Civil Veterinary Dept. Bombay admin report 1932-41 - 1932-1941
Year: 1932
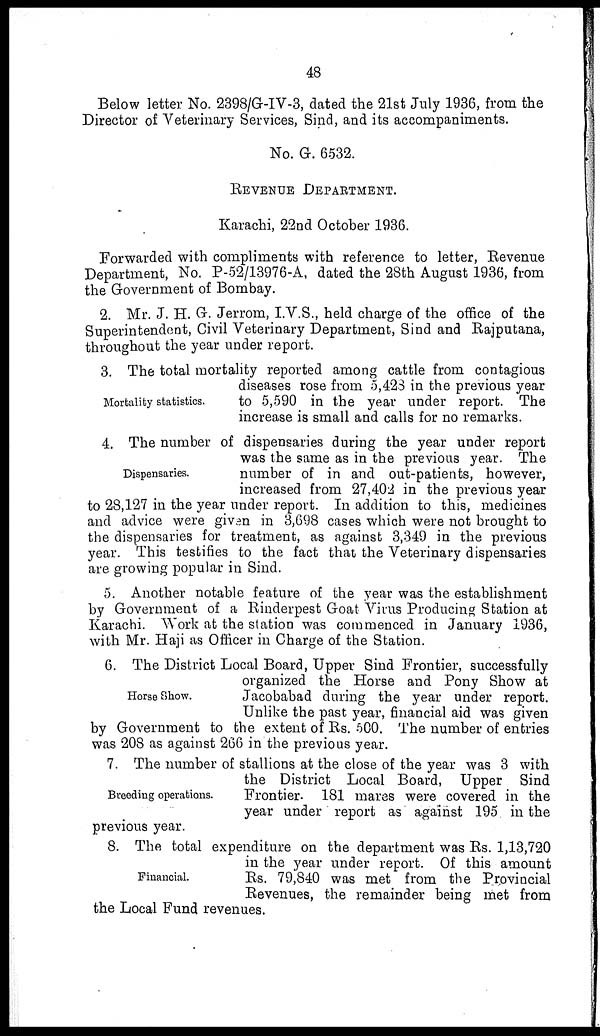
48
Below letter No. 2398/G-IV-3, dated the 21st July 1936, from the
Director of Veterinary Services, Sind, and its accompaniments.
No. G. 6532.
REVENUE DEPARTMENT.
Karachi, 22nd October 1936.
Forwarded with compliments with reference to letter, Revenue
Department, No. P-52/13976-A, dated the 28th August 1936, from
the Government of Bombay.
2. Mr. J. H. G. Jerrom, I.V.S., held charge of the office of the
Superintendent, Civil Veterinary Department, Sind and Rajputana,
throughout the year under report.
Mortality statistics.
3. The total mortality reported among cattle from contagious
diseases rose from 5,423 in the previous year
to 5,590 in the year under report. The
increase is small and calls for no remarks.
Dispensaries.
4. The number of dispensaries during the year under report
was the same as in the previous year. The
number of in and out-patients, however,
increased from 27,402 in the previous year
to 28,127 in the year under report. In addition to this, medicines
and advice were given in 3,698 cases which were not brought to
the dispensaries for treatment, as against 3,349 in the previous
year. This testifies to the fact that the Veterinary dispensaries
are growing popular in Sind.
5. Another notable feature of the year was the establishment
by Government of a Rinderpest Goat Virus Producing Station at
Karachi. Work at the station was commenced in January 1936,
with Mr. Haji as Officer in Charge of the Station.
Horse Show.
6. The District Local Board, Upper Sind Frontier, successfully
organized the Horse and Pony Show at
Jacobabad during the year under report.
Unlike the past year, financial aid was given
by Government to the extent of Rs. 500. The number of entries
was 208 as against 266 in the previous year.
Breeding operations.
7. The number of stallions at the close of the year was 3 with
the District Local Board, Upper Sind
Frontier. 181 mares were covered in the
year under report as against 195 in the
previous year.
Financial.
8. The total expenditure on the department was Rs. 1,13,720
in the year under report. Of this amount
Rs. 79,840 was met from the Provincial
Revenues, the remainder being met from
the Local Fund revenues.